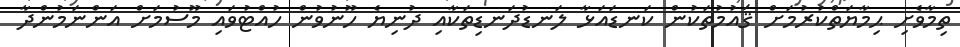
ތިމާވެށި ޙިމާޔަތްކުރުމަށް ޤައުމުތަކުން ކަނޑައަޅާ ލަނޑުދަނޑިތަކާއި ދުނިޔެ ހޫނުވުން ހުއްޓުވައި މޫސުމަށް އަންނަމުންދާ